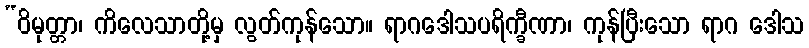
“ဝိမုတ္တာ၊ ကိလေသာတို့မှ လွတ်ကုန်သော။ ရာဂဒေါသပရိက္ခီဏာ၊ ကုန်ပြီးသော ရာဂ ဒေါသ